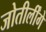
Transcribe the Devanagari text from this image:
जोतीर्लींगे